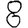
Digit: 8